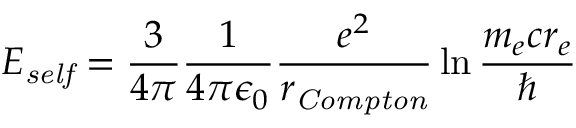
E _ { \it s e l f } = \frac { 3 } { 4 \pi } \frac { 1 } { 4 \pi \epsilon _ { 0 } } \frac { e ^ { 2 } } { r _ { \it C o m p t o n } } \ln \frac { m _ { e } c r _ { e } } { \hbar }